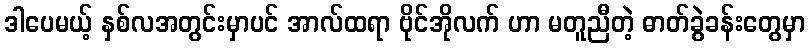
ဒါပေမယ့် နှစ်လအတွင်းမှာပင် အာလ်ထရာ ဗိုင်အိုလက် ဟာ မတူညီတဲ့ ဓာတ်ခွဲခန်းတွေမှာ